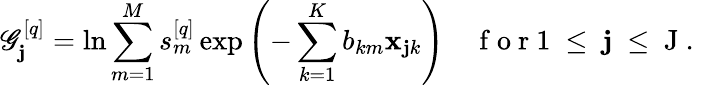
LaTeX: \mathscr{G}_{\mathbf{j}}^{[q]}=\ln\sum_{m=1}^{M}s_{m}^{[q]}\exp\left(-\sum_{k=1}^{K}b_{km}\mathbf{x}_{\mathbf{j}k}\right)\quad\mathrm{{~f~o~r~1~\le~\mathbf{j}~\le~J~.~}}